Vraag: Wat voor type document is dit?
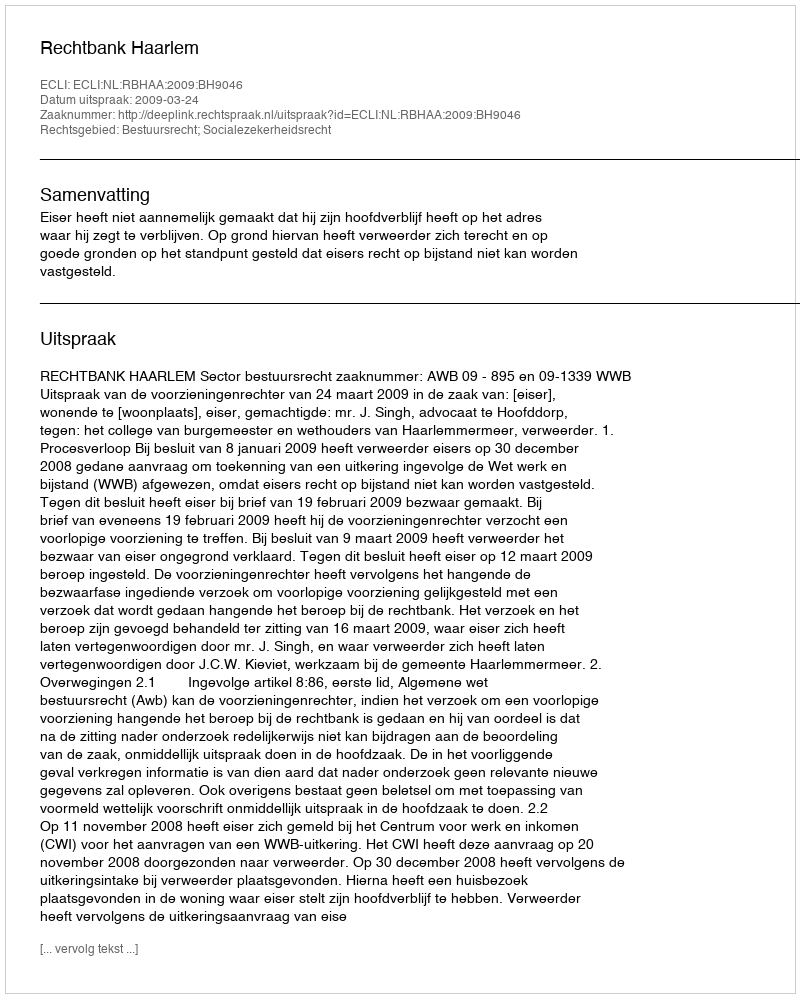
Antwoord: Uitspraak